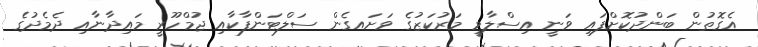
އެގޮތުން ބަންދުކޮށްފައި ވަނީ އިސްލާމީ މަރުކަޒުގެ ވަށައގެން ސަލްޓަންފާކާއި ޖުމްހޫރީ މައިދާނާއި ދެމެދުގެ